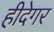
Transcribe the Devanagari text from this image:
हीदेगर